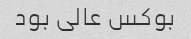
بوکس عالی بود